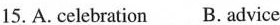
15. A.celebration B. advice